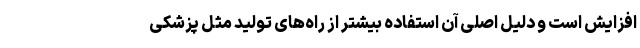
افزایش است و دلیل اصلی آن استفاده بیشتر از راه‌های تولید مثل پزشکی